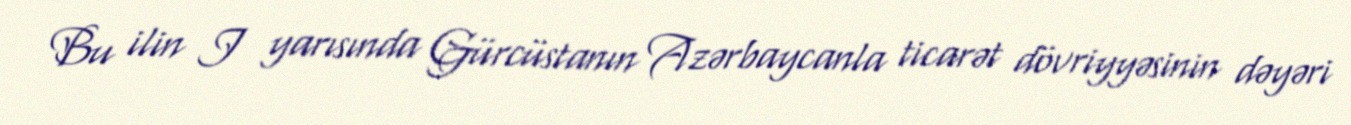
Bu ilin I yarısında Gürcüstanın Azərbaycanla ticarət dövriyyəsinin dəyəri